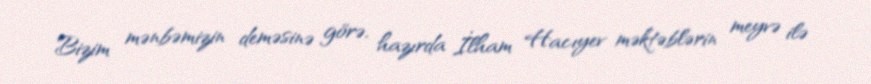
Bizim mənbəmizin deməsinə görə, hazırda İlham Hacıyev məktəblərin meyvə ilə